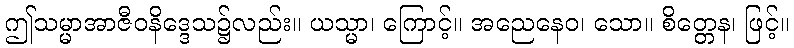
ဤသမ္မာအာဇီဝနိဒ္ဒေသ၌လည်း။ ယသ္မာ၊ ကြောင့်။ အညေနေဝ၊ သော။ စိတ္တေန၊ ဖြင့်။